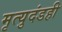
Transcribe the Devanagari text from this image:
मृत्युदंडही